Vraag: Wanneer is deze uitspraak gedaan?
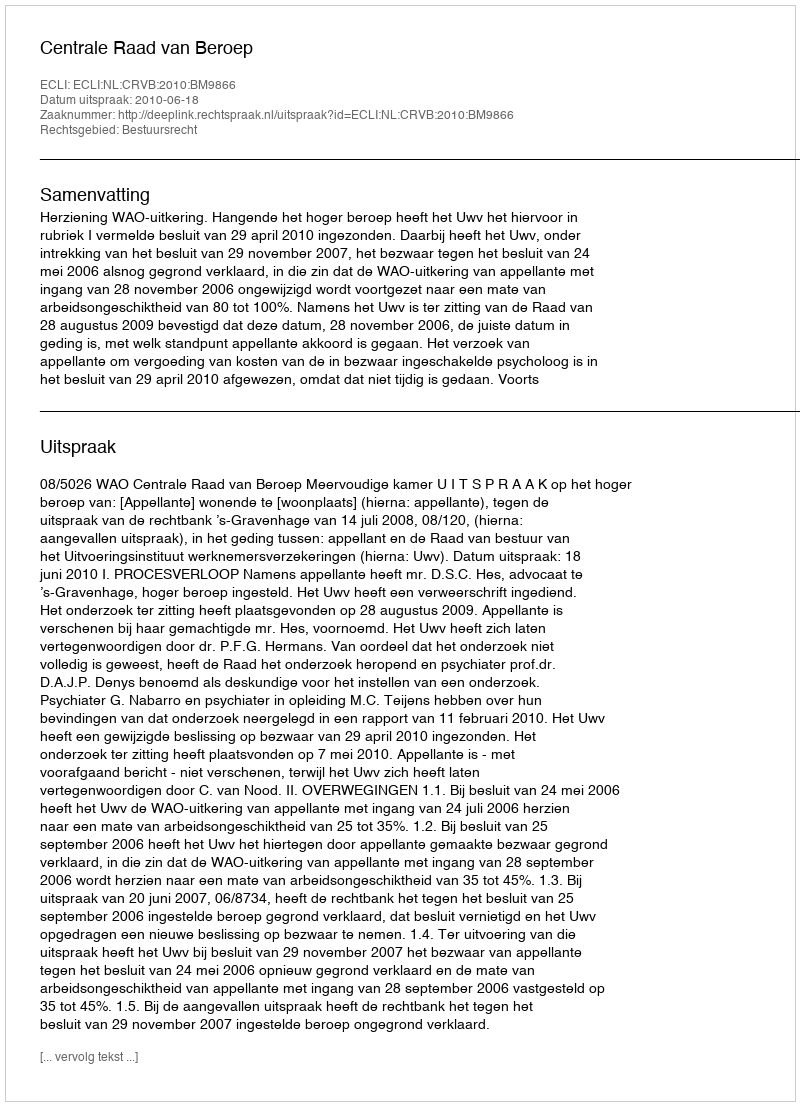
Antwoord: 2010-06-18